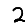
Digit: 2